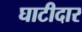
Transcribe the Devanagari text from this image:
घाटीदार